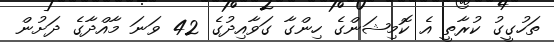
ތަހުގީގު ކުރާތީ އެ ކޮމިޝަންގެ ހިންގާ ގަވާއިދުގެ 42 ވަނަ މާއްދާގެ ދަށުން